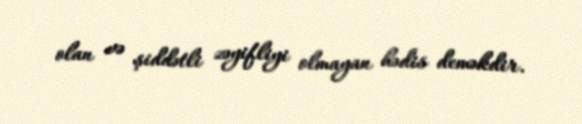
olan və şiddətli zəyifliyi olmayan hədis deməkdir.